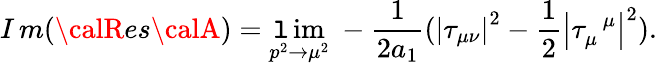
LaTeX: I\, m({\calR}es{\calA})=\operatorname*{\mathtt{l}im}_{p^{2}\rightarrow\mu^{2}}{\ -\frac{1}{{2a_{1}}}(\left|\tau_{\mu\nu}\right|^{2}-\frac{1}{2}\left|\tau_{\mu}^{\, \, \, \mu}\right|^{2}).}